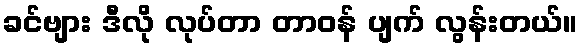
ခင်ဗျား ဒီလို လုပ်တာ တာဝန် ပျက် လွန်းတယ်။